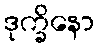
ဒုက္ခိနော